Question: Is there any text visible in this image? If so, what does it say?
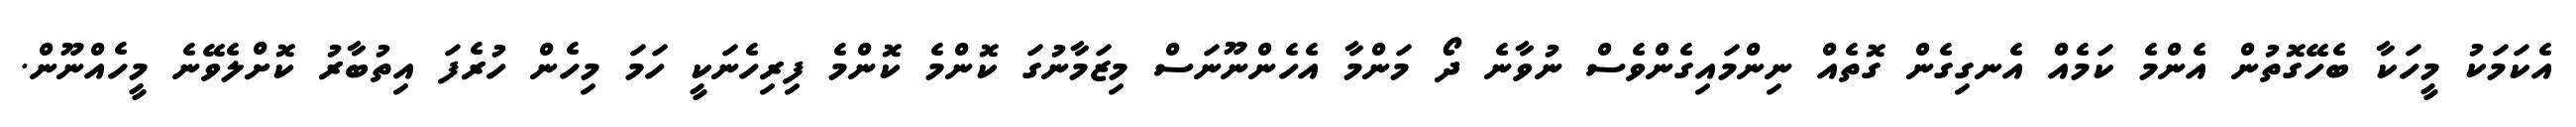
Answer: އެކަމަކު މީހަކާ ބެހޭގޮތުން އެންމެ ކަމެއް އެނގިގެން ގޮތެއް ނިންމައިގެންވެސް ނުވާނެ ދޯ މަންމާ އެހެންނޫނަސް މިޒަމާނުގަ ކޮންމެ ކޮންމެ ފިރިހެނަކީ ހަމަ މިހެން ހުރެފަ އިތުބާރު ކޮށްލެވޭނެ މީހެއްނޫން.